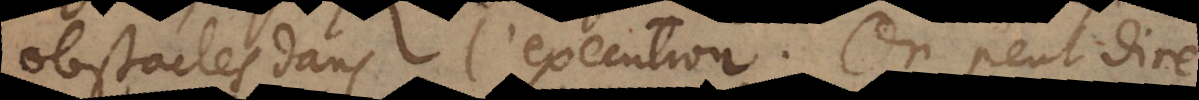
obstacles dans l’execution. On peut dire